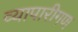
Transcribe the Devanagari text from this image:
व्‍यापारीगण